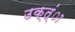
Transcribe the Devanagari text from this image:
उक्त्ंा